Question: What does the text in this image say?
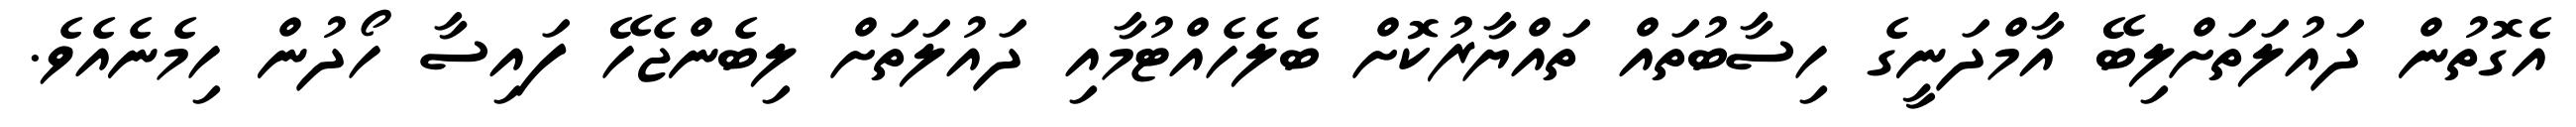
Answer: އެގޮތުން ދައުލަތަށްލިބޭ އާމްދަނީގެ ހިސާބުތައް ތައްޔާރުކޮށް ބެލެހެއްޓުމާއި ދައުލަތަށް ލިބެންޖެހޭ ފައިސާ ހޯދުން ހިމެނެއެވެ.